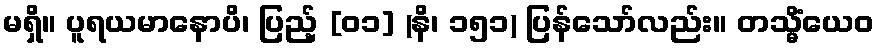
မရှိ။ ပူရယမာနောပိ၊ ပြည့် [၀၁] (နိ၊ ၁၅၁) ပြန်သော်လည်း။ တသ္မိံယေဝ